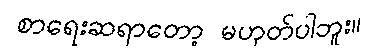
စာရေးဆရာတော့ မဟုတ်ပါဘူး။